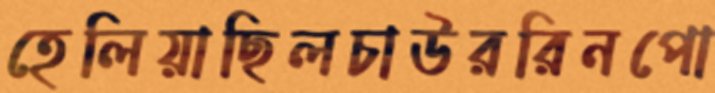
হেলিয়াছিলচাউররিনপো